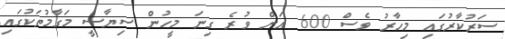
ސަރުކާރުގައި މިހާރު ވެސް 600 އަށް ވުރެ ގިނަ މީހުން ސިޔާސީ މަގާމުތަކުގައި